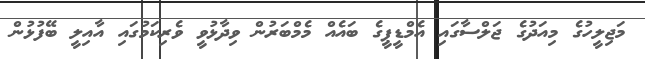
މަޖިލީހުގެ މިއަދުގެ ޖަލްސާގައި އެމްޑީޕީގެ ބައެއް މެމްބަރުން ވިދާޅުވީ ވެރިކަމުގައި އާއިލީ ބޭފުޅުން